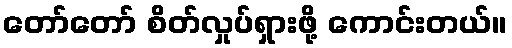
တော်တော် စိတ်လှုပ်ရှားဖို့ ကောင်းတယ်။